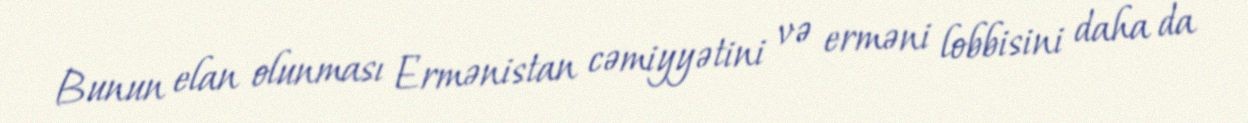
Bunun elan olunması Ermənistan cəmiyyətini və erməni lobbisini daha da